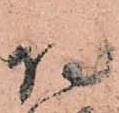
侍